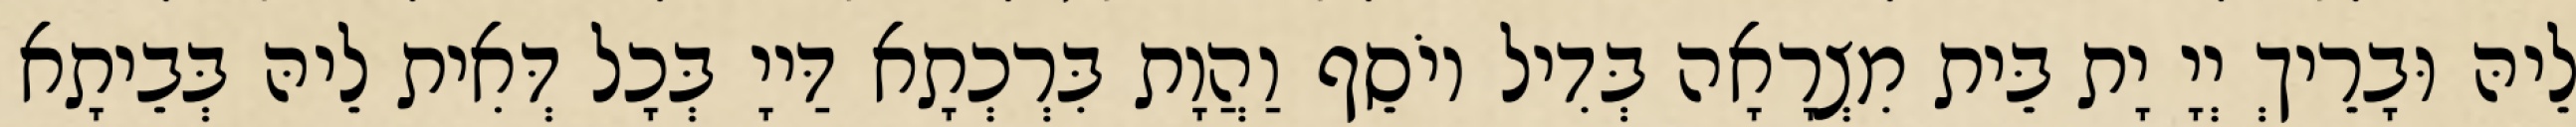
לֵיהּ וּבָרֵיךְ יְיָ יָת בֵּית מִצְרָאָה בְּדִיל יוֹסֵף וַהֲוָת בִּרְכְתָא דַּייָ בְּכָל דְּאִית לֵיהּ בְּבֵיתָא